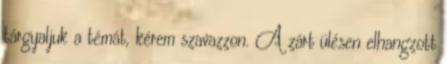
tárgyaljuk a témát, kérem szavazzon. A zárt ülésen elhangzott